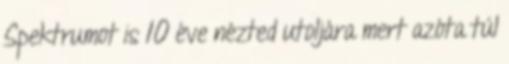
Spektrumot is 10 éve nézted utoljára mert azóta túl